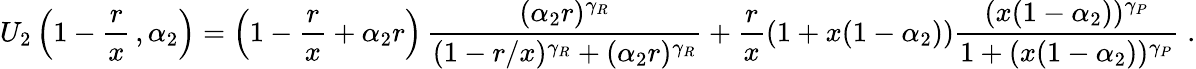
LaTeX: U_{2}\left(1-\frac{r}{x}\, ,\alpha_{2}\right)=\left(1-\frac{r}{x}+\alpha_{2}r\right)\, \frac{(\alpha_{2}r)^{\gamma_{R}}}{(1-r/x)^{\gamma_{R}}+(\alpha_{2}r)^{\gamma_{R}}}+\frac{r}{x}(1+x(1-\alpha_{2}))\frac{(x(1-\alpha_{2}))^{\gamma_{P}}}{1+(x(1-\alpha_{2}))^{\gamma_{P}}}\; .